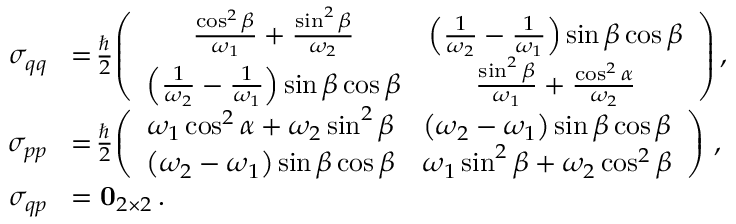
\begin{array} { r l } { \sigma _ { q q } } & { \! = \! \frac { \hbar } { 2 } \! \left( \begin{array} { c c } { \frac { \cos ^ { 2 } \beta } { \omega _ { 1 } } + \frac { \sin ^ { 2 } \beta } { \omega _ { 2 } } } & { \left( \frac { 1 } { \omega _ { 2 } } - \frac { 1 } { \omega _ { 1 } } \right) \sin \beta \cos \beta } \\ { \left( \frac { 1 } { \omega _ { 2 } } - \frac { 1 } { \omega _ { 1 } } \right) \sin \beta \cos \beta } & { \frac { \sin ^ { 2 } \beta } { \omega _ { 1 } } + \frac { \cos ^ { 2 } \alpha } { \omega _ { 2 } } } \end{array} \right) , } \\ { \sigma _ { p p } } & { \! = \! \frac { \hbar } { 2 } \! \left( \begin{array} { c c } { \omega _ { 1 } \cos ^ { 2 } \alpha + \omega _ { 2 } \sin ^ { 2 } \beta } & { \left( \omega _ { 2 } - \omega _ { 1 } \right) \sin \beta \cos \beta } \\ { \left( \omega _ { 2 } - \omega _ { 1 } \right) \sin \beta \cos \beta } & { \omega _ { 1 } \sin ^ { 2 } \beta + \omega _ { 2 } \cos ^ { 2 } \beta } \end{array} \right) \, , } \\ { \sigma _ { q p } } & { \! = \mathbf { 0 } _ { 2 \times 2 } \, . } \end{array}